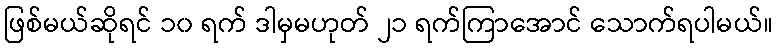
ဖြစ်မယ်ဆိုရင် ၁၀ ရက် ဒါမှမဟုတ် ၂၁ ရက်ကြာအောင် သောက်ရပါမယ်။